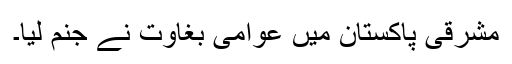
مشرقی پاکستان میں عوامی بغاوت نے جنم لیا۔